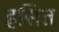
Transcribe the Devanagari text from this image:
ह्रसित